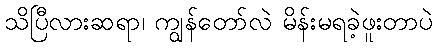
သိပြီလားဆရာ၊ ကျွန်တော်လဲ မိန်းမရခဲ့ဖူးတာပဲ